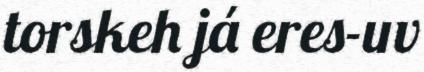
torskeh já eres-uv